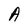
Character: A